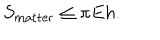
S _ { \mathrm { m a t t e r } } \leq \pi E h .